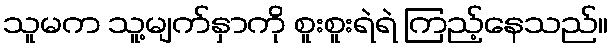
သူမက သူ့မျက်နှာကို စူးစူးရဲရဲ ကြည့်နေသည်။